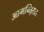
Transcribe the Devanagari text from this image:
आमन्ति्रात